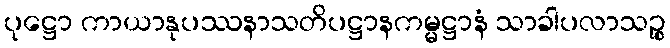
ပုဋ္ဌော ကာယာနုပဿနာသတိပဋ္ဌာနကမ္မဋ္ဌာနံ သာခါပလာသဉ္စ